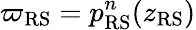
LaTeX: \varpi_{\mathrm{RS}}=p_{\mathrm{RS}}^{n}(z_{\mathrm{RS}})